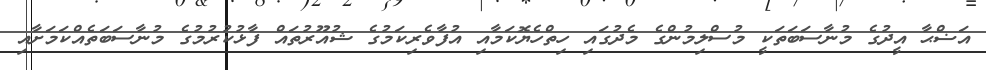
އަޟްޙާ އީދުގެ މުުނާސަބަތަކީ މުސްލިމުންގެ މެދުގައި ހިތްހެޔޮކަމާއި އުފާވެރިކަމުގެ ޝުއޫރުތައް ފާޅުކުރުމުގެ މުނާސަބަތެއްކަމަށާއި